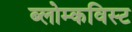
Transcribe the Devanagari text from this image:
ब्लोम्कविस्ट